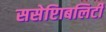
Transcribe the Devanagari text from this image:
ससेप्टिाबलिटी